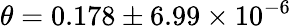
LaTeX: \theta=0.178\pm 6.99\times 10^{-6}